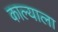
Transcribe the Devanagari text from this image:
काल्याला